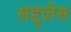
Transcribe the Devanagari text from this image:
सद्द्लेस